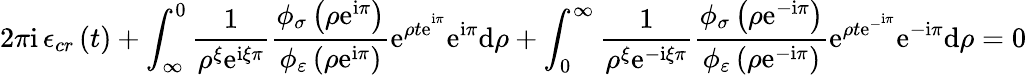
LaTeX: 2\pi\mathrm{i\, }\mathcal{\epsilon}_{cr}\left(t\right)+\int_{\infty}^{0}\frac{1}{\rho^{\xi}\mathrm{e}^{\mathrm{i}\xi\pi}}\frac{\phi_{\sigma}\left(\rho\mathrm{e}^{\mathrm{i}\pi}\right)}{\phi_{\varepsilon}\left(\rho\mathrm{e}^{\mathrm{i}\pi}\right)}\mathrm{e}^{\rho t\mathrm{e}^{^{\mathrm{i}\pi}}}\mathrm{e}^{\mathrm{i}\pi}\mathrm{d}\rho+\int_{0}^{\infty}\frac{1}{\rho^{\xi}\mathrm{e}^{-\mathrm{i}\xi\pi}}\frac{\phi_{\sigma}\left(\rho\mathrm{e}^{-\mathrm{i}\pi}\right)}{\phi_{\varepsilon}\left(\rho\mathrm{e}^{-\mathrm{i}\pi}\right)}\mathrm{e}^{\rho t\mathrm{e}^{-^{\mathrm{i}\pi}}}\mathrm{e}^{-\mathrm{i}\pi}\mathrm{d}\rho=0